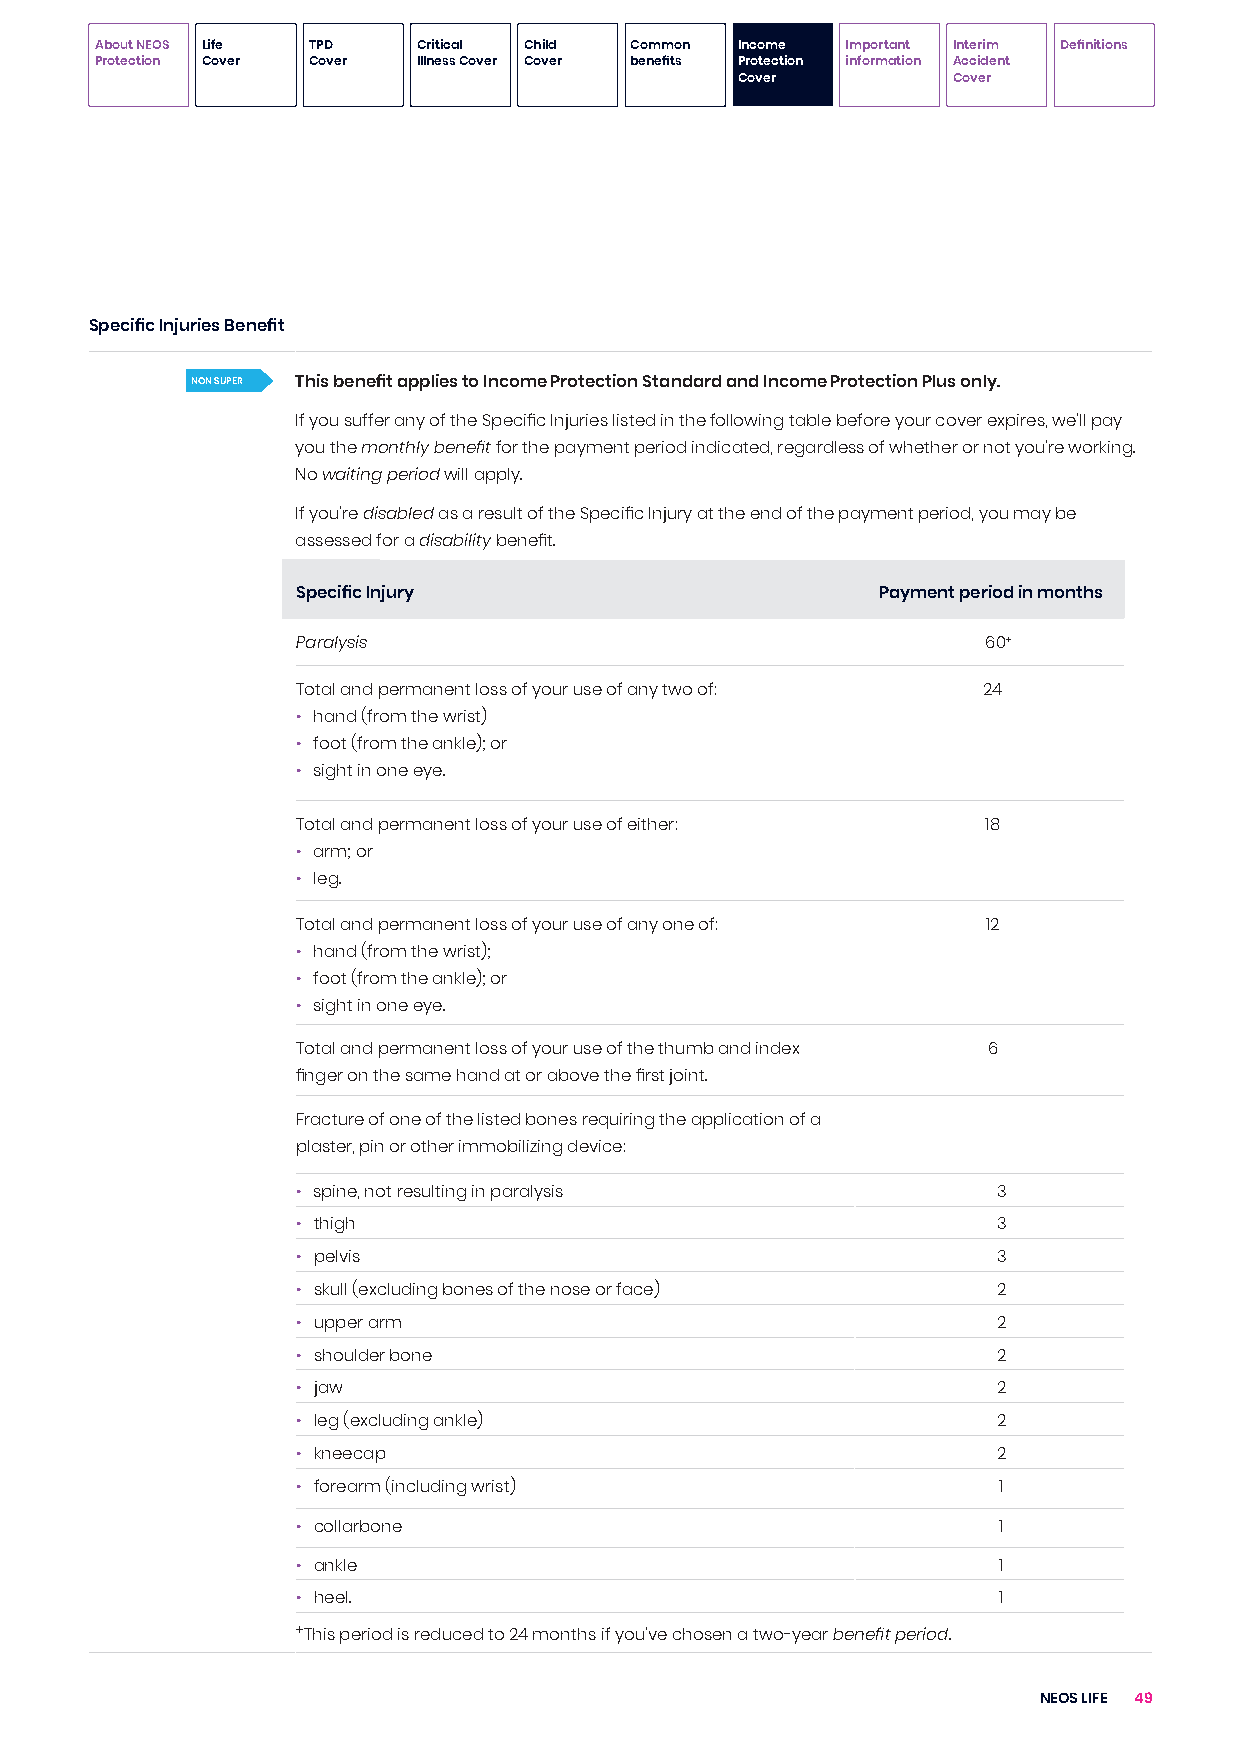
About NEOS Life TPD   Critical Child Common Income Important Interim Definitions
 Protection Cover Cover Illness Cover Cover benefits Protection information Accident
 Cover         Cover
 Specific Injuries Benefit
 NON SUPER This benefit applies to Income Protection Standard and Income Protection Plus only.
 If you suffer any of the Specific Injuries listed in the following table before your cover expires, we’ll pay
 you the monthly benefit for the payment period indicated, regardless of whether or not you’re working.
 No waiting period will apply.
 If you’re disabled as a result of the Specific Injury at the end of the payment period, you may be
 assessed for a disability benefit.
 Specific Injury                       Payment period in months
 Paralysis                                    60+
 Total and permanent loss of your use of any two of: 24
 • hand (from the wrist)
 • foot (from the ankle); or
 • sight in one eye.
 Total and permanent loss of your use of either: 18
 • arm; or
 • leg.
 Total and permanent loss of your use of any one of: 12
 • hand (from the wrist);
 • foot (from the ankle); or
 • sight in one eye.
 Total and permanent loss of your use of the thumb and index 6
 finger on the same hand at or above the first joint.
 Fracture of one of the listed bones requiring the application of a
 plaster, pin or other immobilizing device:
 • spine, not resulting in paralysis           3
 • thigh                                       3
 • pelvis                                      3
 • skull (excluding bones of the nose or face) 2
 • upper arm                                   2
 • shoulder bone                               2
 • jaw                                         2
 • leg (excluding ankle)                       2
 • kneecap                                     2
 • forearm (including wrist)                   1
 • collarbone                                  1
 • ankle                                       1
 • heel.                                       1
 +This period is reduced to 24 months if you’ve chosen a two-year benefit period.
 NEOS LIFE 49